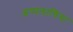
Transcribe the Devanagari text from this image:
अप्पलाचिया